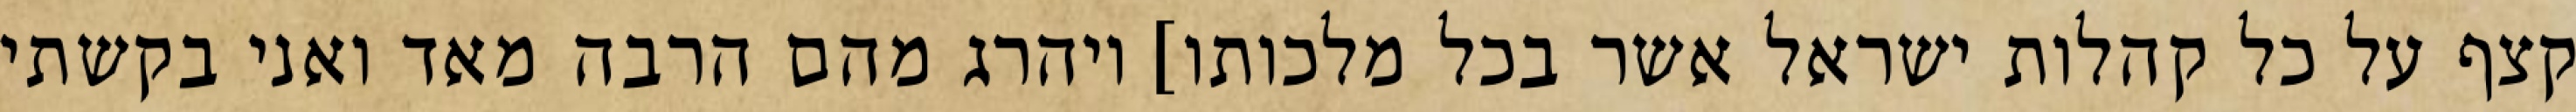
קצף על כל קהלות ישראל אשר בכל מלכותו] ויהרג מהם הרבה מאד ואני בקשתי